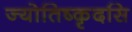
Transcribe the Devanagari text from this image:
ज्योतिष्कृदसि